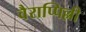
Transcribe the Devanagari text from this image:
वैराप्पिल्ली